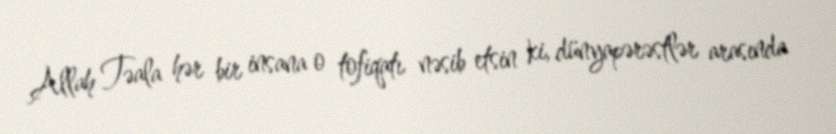
Allah Təala hər bir insana o tofiqatı nəsib etsin ki, dünyapərəstlər arasında